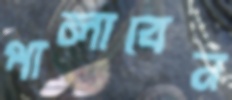
পালাবেন